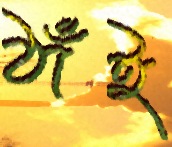
ঠাঁই